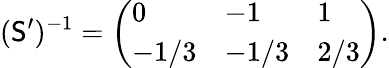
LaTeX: (\mathsf{S}^{\prime})^{-1}=\left(\begin{array}{lll}{0}&{-1}&{1}\\ {-1/3}&{-1/3}&{2/3}\end{array}\right).